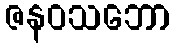
ဇနဝသဘော